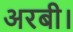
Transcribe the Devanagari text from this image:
अरबी।